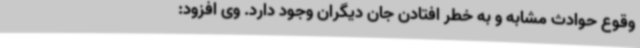
وقوع حوادث مشابه و به خطر افتادن جان دیگران وجود دارد. وی افزود: